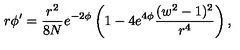
r \phi ^ { \prime } = \frac { r ^ { 2 } } { 8 N } e ^ { - 2 \phi } \left( 1 - 4 e ^ { 4 \phi } \frac { ( w ^ { 2 } - 1 ) ^ { 2 } } { r ^ { 4 } } \right) ,